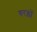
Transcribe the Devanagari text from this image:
बरड़ों